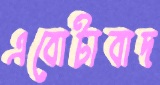
এবোটাবাদ